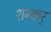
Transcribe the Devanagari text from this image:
शन्कर्